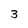
Character: 3